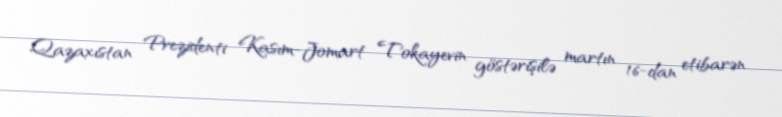
Qazaxıstan Prezidenti Kasım-Jomart Tokayevin göstərişilə martın 16-dan etibarən